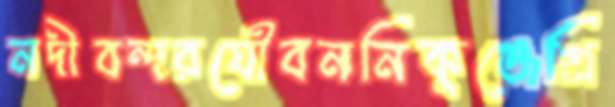
নদীবন্দরযৌবননিকুঞ্জেগ্রি